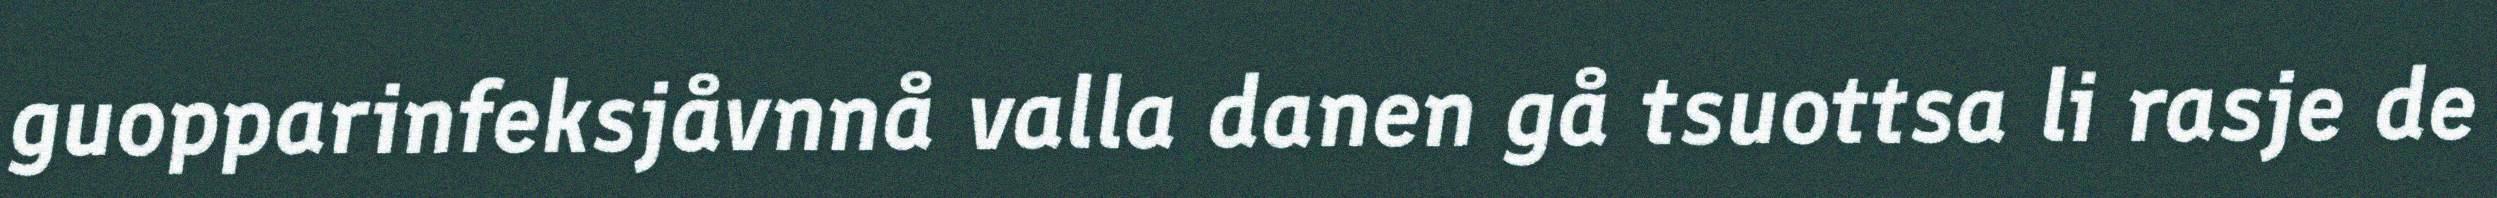
guopparinfeksjåvnnå valla danen gå tsuottsa li rasje de